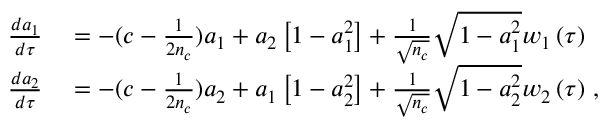
\begin{array} { r l } { \frac { d a _ { 1 } } { d \tau } } & { { } = - ( c - \frac { 1 } { 2 n _ { c } } ) a _ { 1 } + a _ { 2 } \left[ 1 - a _ { 1 } ^ { 2 } \right] + \frac { 1 } { \sqrt { n _ { c } } } \sqrt { 1 - a _ { 1 } ^ { 2 } } w _ { 1 } \left( \tau \right) } \\ { \frac { d a _ { 2 } } { d \tau } } & { { } = - ( c - \frac { 1 } { 2 n _ { c } } ) a _ { 2 } + a _ { 1 } \left[ 1 - a _ { 2 } ^ { 2 } \right] + \frac { 1 } { \sqrt { n _ { c } } } \sqrt { 1 - a _ { 2 } ^ { 2 } } w _ { 2 } \left( \tau \right) \, , } \end{array}